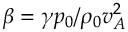
\beta = \gamma p _ { 0 } / \rho _ { 0 } v _ { A } ^ { 2 }